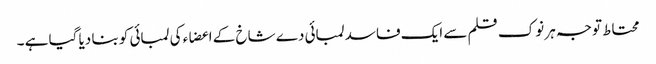
محتاط توجہ ہر نوک قلم سے ایک فاسد لمبائی دے شاخ کے اعضاء کی لمبائی کو بنا دیا گیا ہے ۔